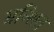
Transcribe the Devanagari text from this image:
भ्रन्शित